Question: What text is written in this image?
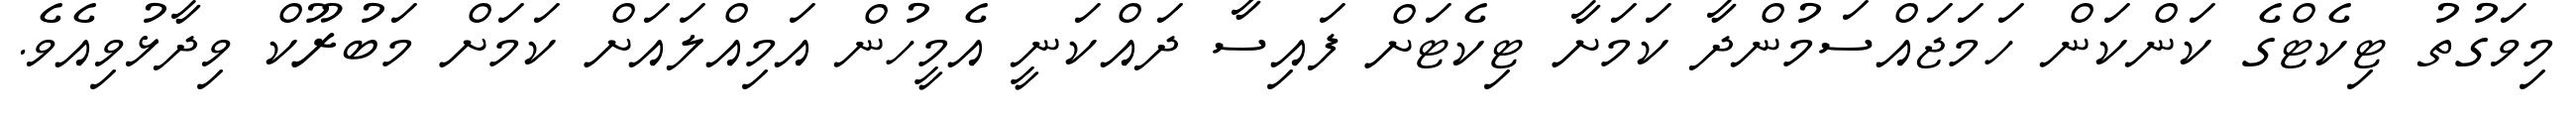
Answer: މިވަގުތު ޓިކެޓްގެ ކަންކަން ހަމަޖައްސަމުންދާ ކަމަށާ ޓިކެޓަށް ފައިސާ ދައްކަނީ އެމީހުން އަމިއްލައަށް ކަމަށް މަބުރޫކް ވިދާޅުވިއެވެ.